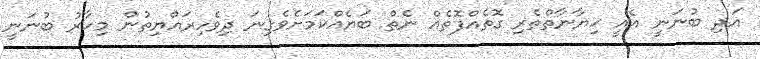
އަދި ބުނަނީ އެއީ ޚިޔާނާތްތެރި ގޮތެއްފޮތެއް ނެތް ބަޔެއްކަމަށެވެގިނަ ދިވެހިރައްޔިތުން މިހާރު ބުނަނީ